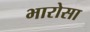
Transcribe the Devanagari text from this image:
भारोसा